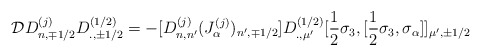
\begin{align*}{\cal D}D_{n,\mp 1/2}^{(j)}D_{.,\pm 1/2}^{(1/2)}=-[D^{(j)}_{n,n'}(J^{(j)}_\alpha)_{n',\mp 1/2}]D^{(1/2)}_{.,\mu'}[\frac{1}{2}\sigma_3,[\frac{1}{2}\sigma_3,\sigma_\alpha]]_{\mu',\pm 1/2}\end{align*}